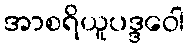
အာစရိယူပဒ္ဒဝေါ